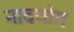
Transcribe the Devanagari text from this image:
नादयोग